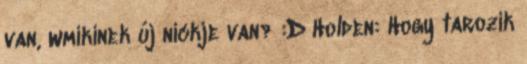
van, wmikinek új nickje van? :D Holden: Hogy tarozik